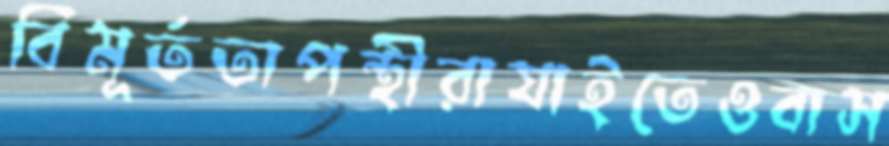
বিমূর্ততাপন্থীরাযাইতেওবাস